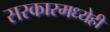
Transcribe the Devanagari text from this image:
सरकारमध्येही